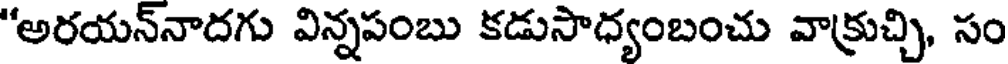
"అరయన్నాదగు విన్నపంబు కడుసాధ్యంబంచు వాక్రుచ్చి, సం